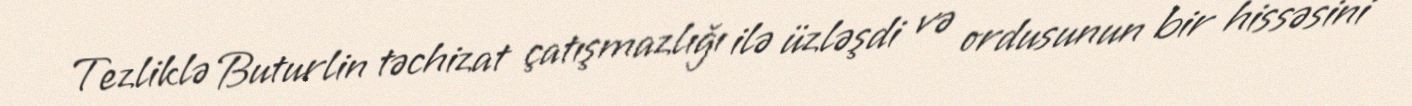
Tezliklə Buturlin təchizat çatışmazlığı ilə üzləşdi və ordusunun bir hissəsini